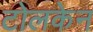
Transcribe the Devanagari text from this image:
टोलकेन